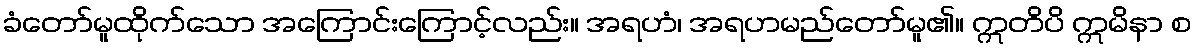
ခံတော်မူထိုက်သော အကြောင်းကြောင့်လည်း။ အရဟံ၊ အရဟမည်တော်မူ၏။ ဣတိပိ ဣမိနာ စ